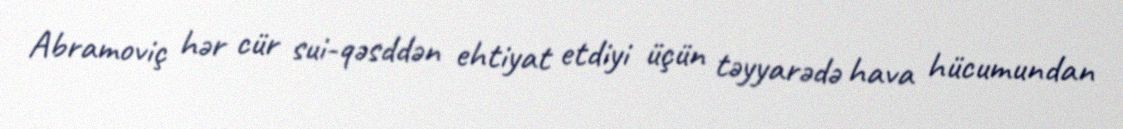
Abramoviç hər cür sui-qəsddən ehtiyat etdiyi üçün təyyarədə hava hücumundan